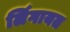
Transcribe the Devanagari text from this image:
लिँगायत